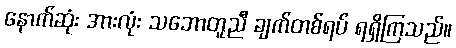
နောက်ဆုံး အားလုံး သဘောတူညီ ချက်တစ်ရပ် ရရှိကြသည်။